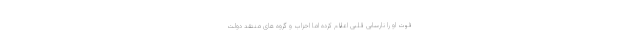
فوت او را نارسایی قلبی اعلام کرده اما احزاب و گروه های منتقد دولت